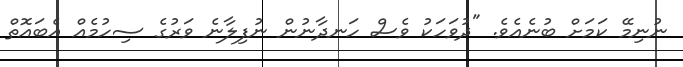
ނުނިމޭ ކަމަށް ބުނެއެވެ. "ދުވަހަކު ވެސް ހަނދާނުން ނުފިލާނެ ވަރުގެ ސިހުމެއް އެބައޮތް